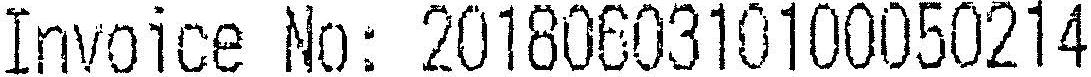
INVOICE NO: 2018060310100050214